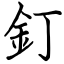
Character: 釘